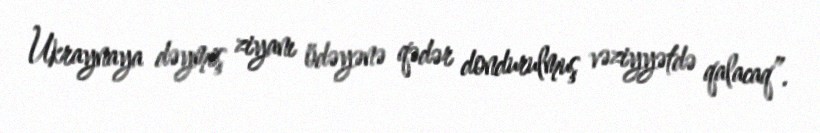
Ukraynaya dəymiş ziyanı ödəyənə qədər dondurulmuş vəziyyətdə qalacaq”.